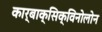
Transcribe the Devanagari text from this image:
कार्बाक्सिक्विनोलोन